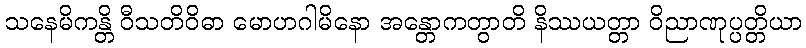
သနေမိကန္တိ ဝီသတိဝိဓာ မောဟဂါမိနော အန္တောကတွာတိ နိဿယတ္တာ ဝိညာဏုပ္ပတ္တိယာ